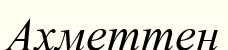
Ахметтен